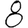
Digit: 8